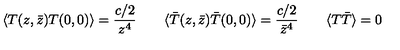
\langle T ( z , \bar { z } ) T ( 0 , 0 ) \rangle = \frac { c / 2 } { z ^ { 4 } } \qquad \langle \bar { T } ( z , \bar { z } ) \bar { T } ( 0 , 0 ) \rangle = \frac { c / 2 } { \bar { z } ^ { 4 } } \qquad \langle T \bar { T } \rangle = 0